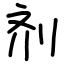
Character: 剂